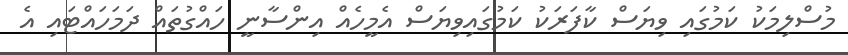
މުސްލިމަކު ކަމުގައި ވިޔަސް ކާފަރަކު ކަމުގައިވިޔަސް އެމީހެއް އިންސާނީ ހައްގުތައް ދަމަހައްޓައި އެ